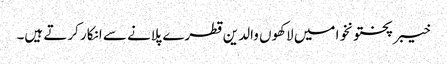
خیبرپختونخوا میں لاکھوں والدین قطرے پلانے سے انکار کرتے ہیں۔